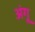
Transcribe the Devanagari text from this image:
अंगू